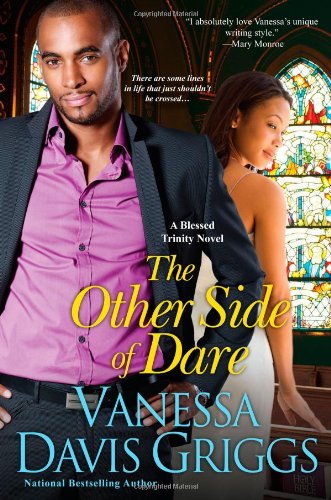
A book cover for The Other Side of Dare (Blessed Trinity); Vanessa Davis Griggs; Literature & Fiction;